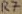
Text: R7